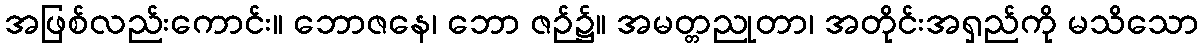
အဖြစ်လည်းကောင်း။ ဘောဇနေ၊ ဘော ဇဉ်၌။ အမတ္တညုတာ၊ အတိုင်းအရှည်ကို မသိသော